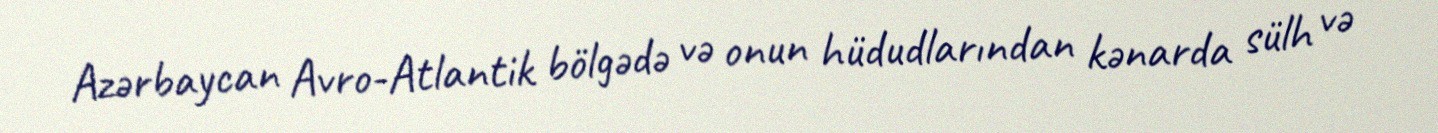
Azərbaycan Avro-Atlantik bölgədə və onun hüdudlarından kənarda sülh və